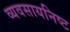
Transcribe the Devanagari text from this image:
व्यवसायनिष्ट